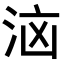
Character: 𭰔